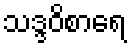
သဒ္ဒဝိစာရေ